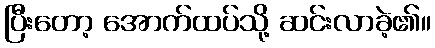
ပြီးတော့ အောက်ထပ်သို့ ဆင်းလာခဲ့၏။